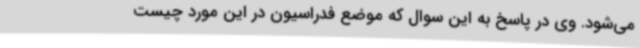
می‌شود. وی در پاسخ به این سوال که موضع فدراسیون در این مورد چیست